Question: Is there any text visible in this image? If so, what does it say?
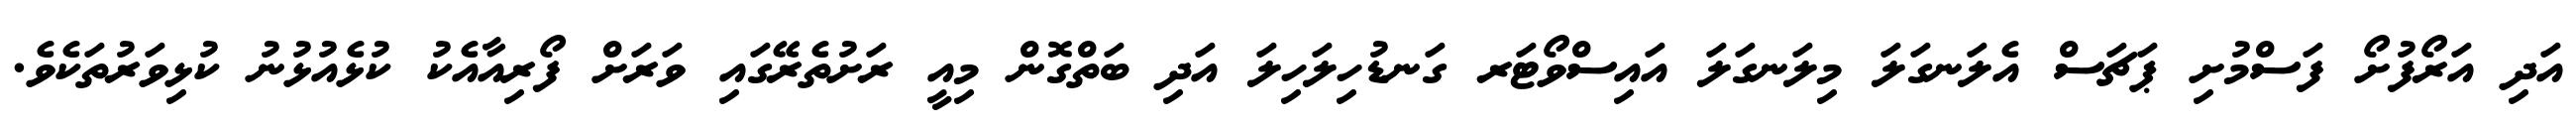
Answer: އަދި އަރޯފުށޯ ފަސްމުށި ޕަޗަސް އެލަނގަލަ މިލަނގަލަ އައިސްވޯޓަރ ގަނޑުހިލަހިލަ އަދި ބަތްގޮން މިއީ ރަށުތެރޭގައި ވަރަށް ފޯރިއާއެކު ކުޅެއުޅުނު ކުޅިވަރުތަކެވެ.